65_HS1-834228961_62-HQ-83894_Section_5
Agency: FBI
Page 22
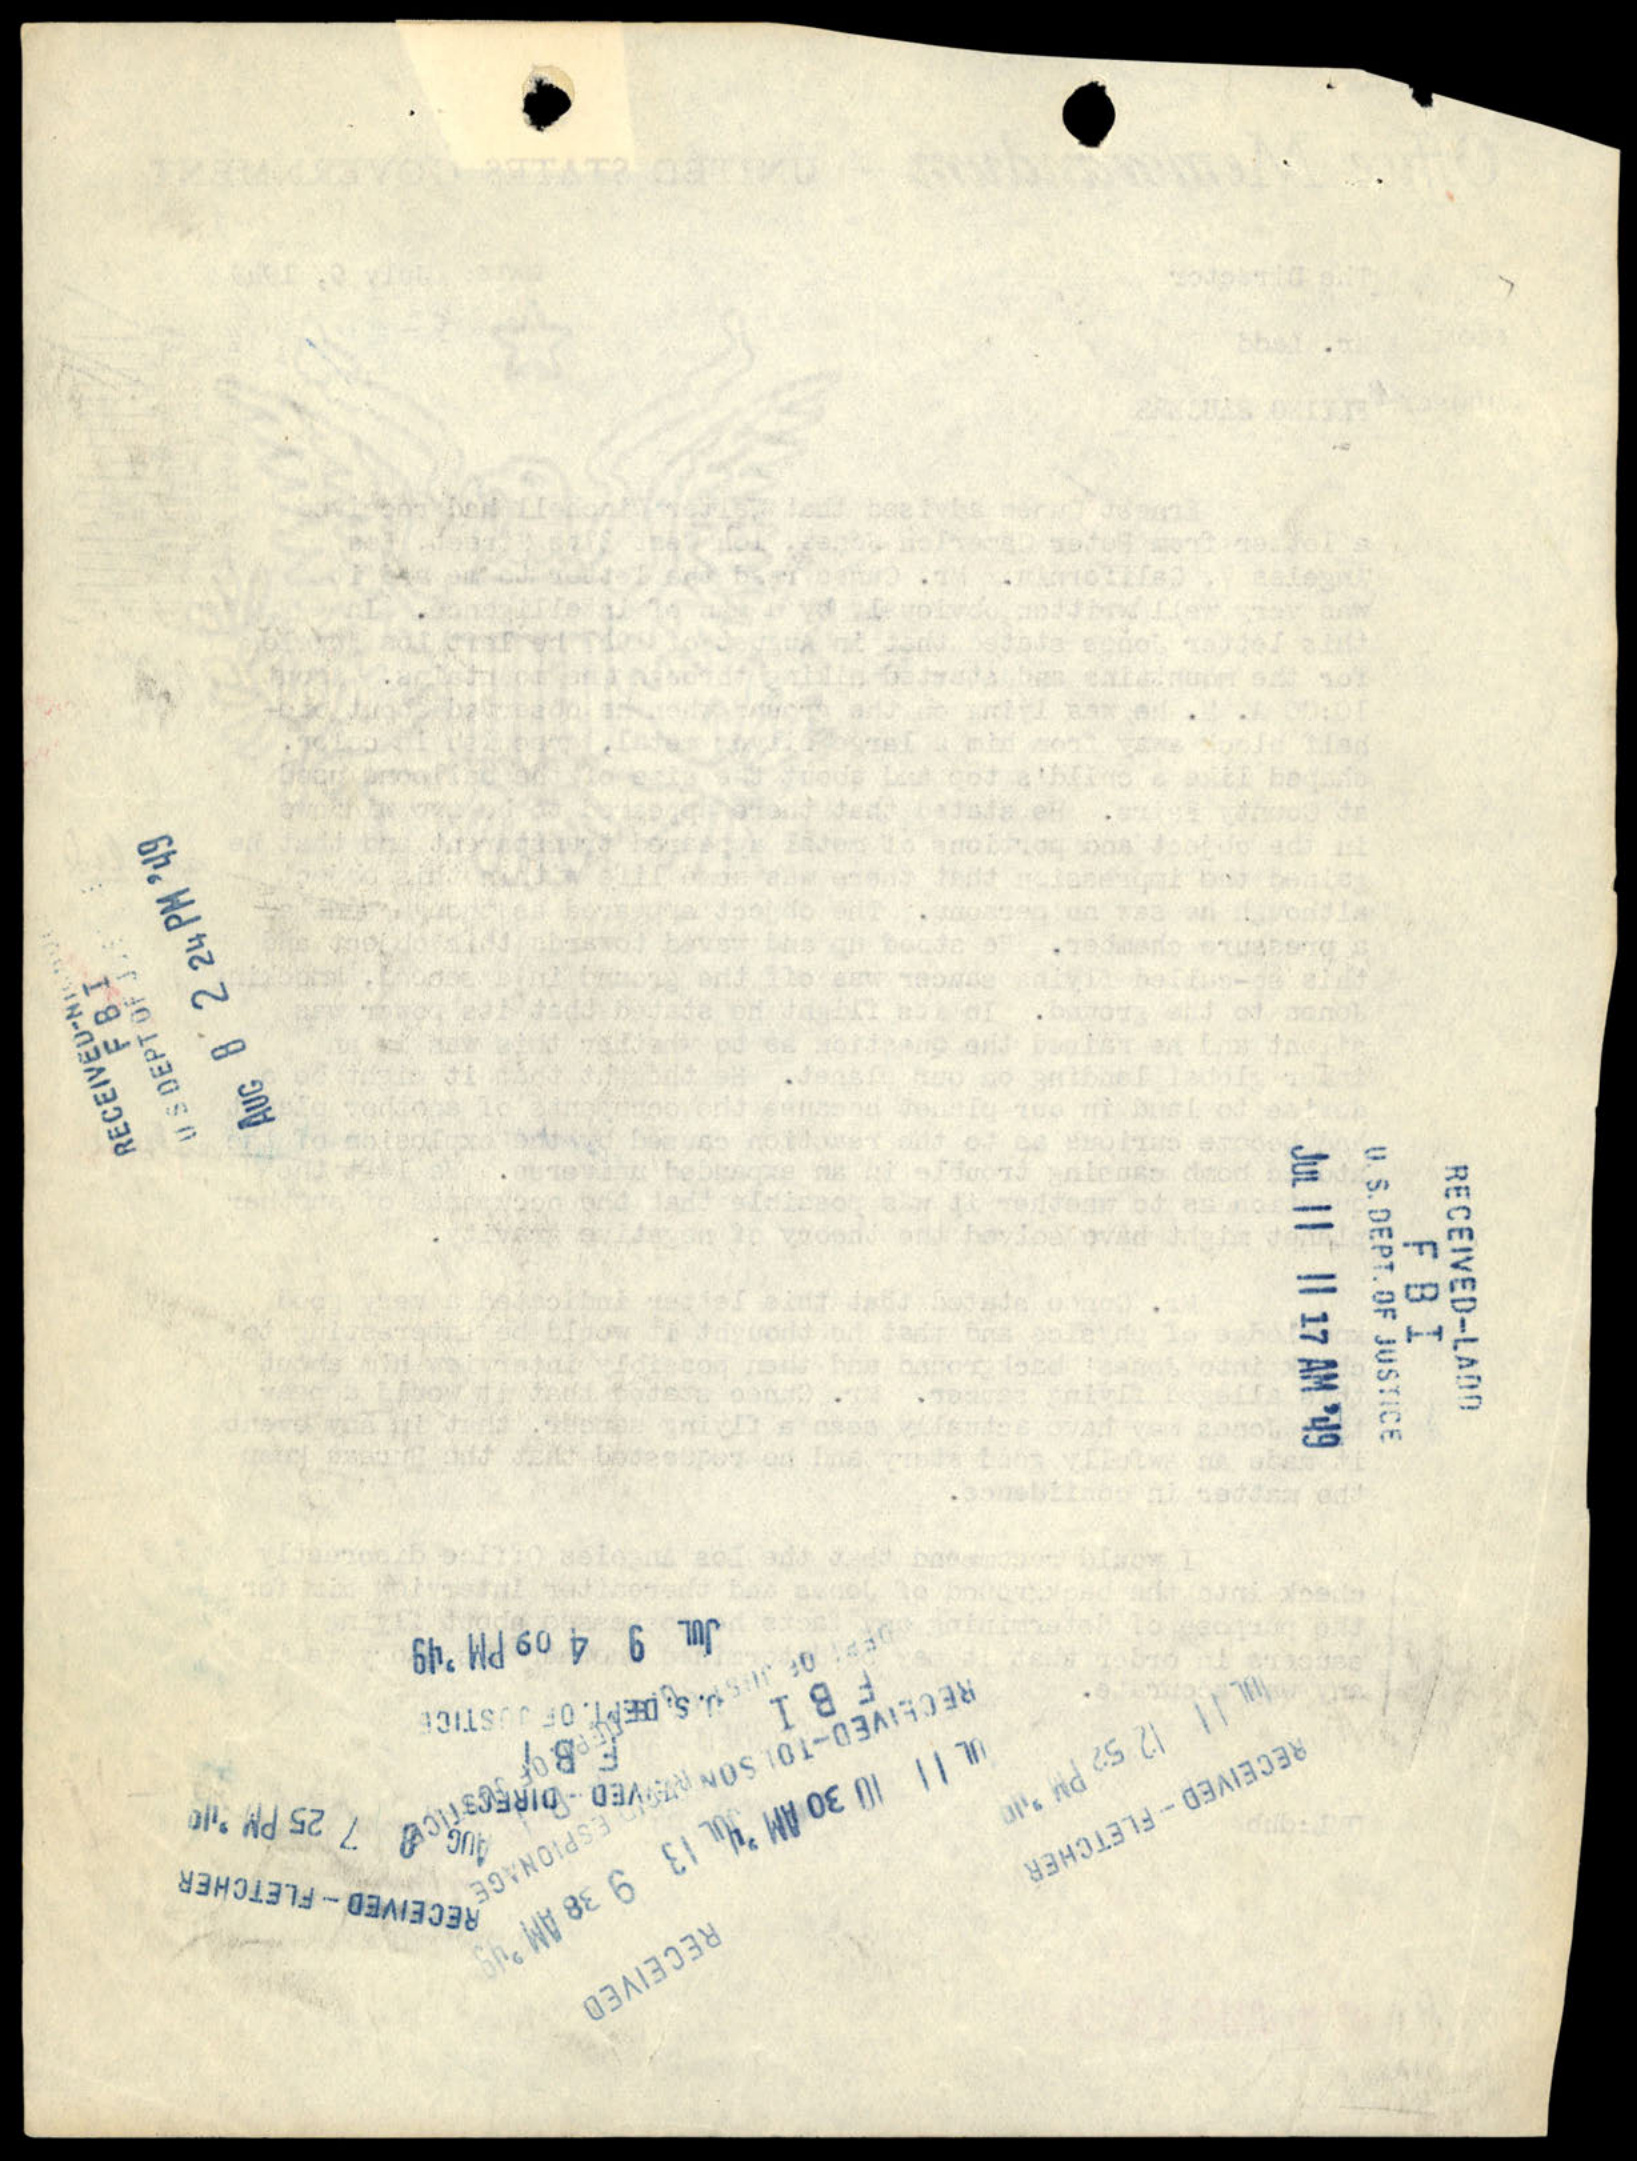